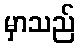
မှာသည်